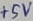
Text: +5V